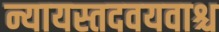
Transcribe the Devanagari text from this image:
न्यायस्तदवयवाश्च